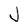
Character: J